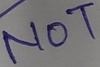
Text: NOt